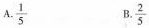
A.\frac{1}{5} B.\frac{2}{5}